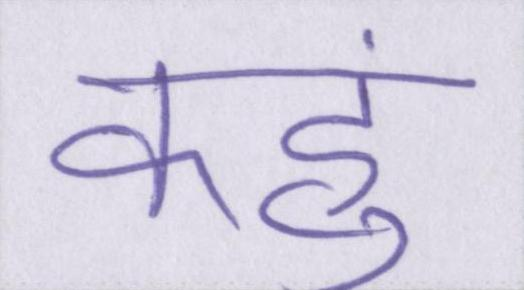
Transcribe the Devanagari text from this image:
कहुं